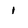
Character: 1